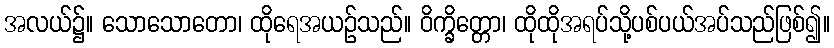
အလယ်၌။ သောသောတော၊ ထိုရေအယဉ်သည်။ ဝိက္ခိတ္တော၊ ထိုထိုအရပ်သို့ပစ်ပယ်အပ်သည်ဖြစ်၍။